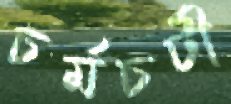
চর্মচটী